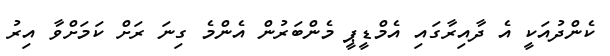
ކެންދުއަކީ އެ ދާއިރާގައި އެމްޑީޕީ މެންބަރުން އެންމެ ގިނަ ރަށް ކަމަށްވާ އިރު